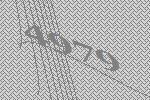
4979